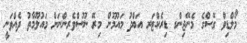
މޯލްޑިވް ގޭސްގެ މެނޭޖިންގ ޑިރެކްޓަރ އަބްދު މައުމޫން މިރޭ ނޫސްވެރިންނަށް މައުލޫމާތު ދެއްވަނީ